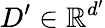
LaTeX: D^{\prime}\in\mathbb{R}^{d^{\prime}}